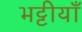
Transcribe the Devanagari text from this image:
भट्टीयाँ